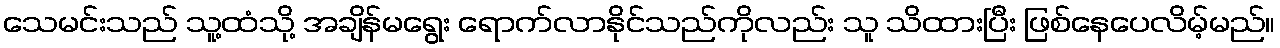
သေမင်းသည် သူ့ထံသို့ အချိန်မရွေး ရောက်လာနိုင်သည်ကိုလည်း သူ သိထားပြီး ဖြစ်နေပေလိမ့်မည်။